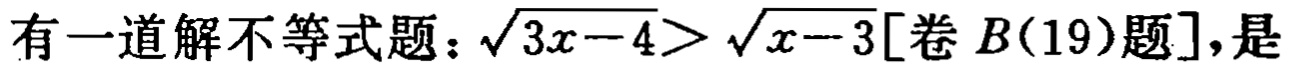
有一道解不等式题：\(\sqrt{3x - 4}>\sqrt{x - 3}[\text{卷}B(19)\text{题}]\)，是